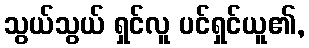
သွယ်သွယ် ရှင်လူ ပင်ရှင်ယူ၏,